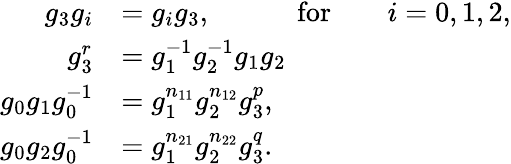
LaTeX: \begin{array}{rl}{g_{3}g_{i}}&{=g_{i}g_{3},\ \ \ \ \qquad\mathrm{{for}}\qquad i=0,1,2,}\\ {g_{3}^{r}}&{=g_{1}^{-1}g_{2}^{-1}g_{1}g_{2}}\\ {g_{0}g_{1}g_{0}^{-1}}&{=g_{1}^{n_{11}}g_{2}^{n_{12}}g_{3}^{p},}\\ {g_{0}g_{2}g_{0}^{-1}}&{=g_{1}^{n_{21}}g_{2}^{n_{22}}g_{3}^{q}.}\end{array}